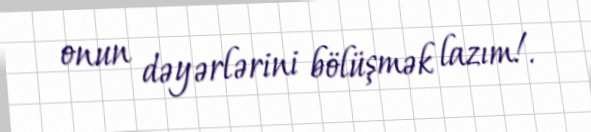
onun dəyərlərini bölüşmək lazım!.